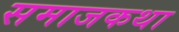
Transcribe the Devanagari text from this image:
समाजकथा